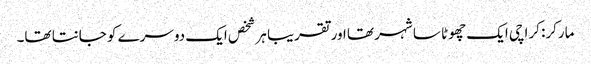
مارکر: کراچی ایک چھوٹا سا شہر تھا اور تقریبا ہر شخص ایک دوسرے کو جانتا تھا۔